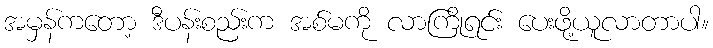
အမှန်ကတော့ ဒီပန်းစည်းက အစ်မကို လာကြိုရင်း ပေးဖို့ယူလာတာပါ။